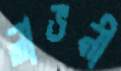
লাভনী